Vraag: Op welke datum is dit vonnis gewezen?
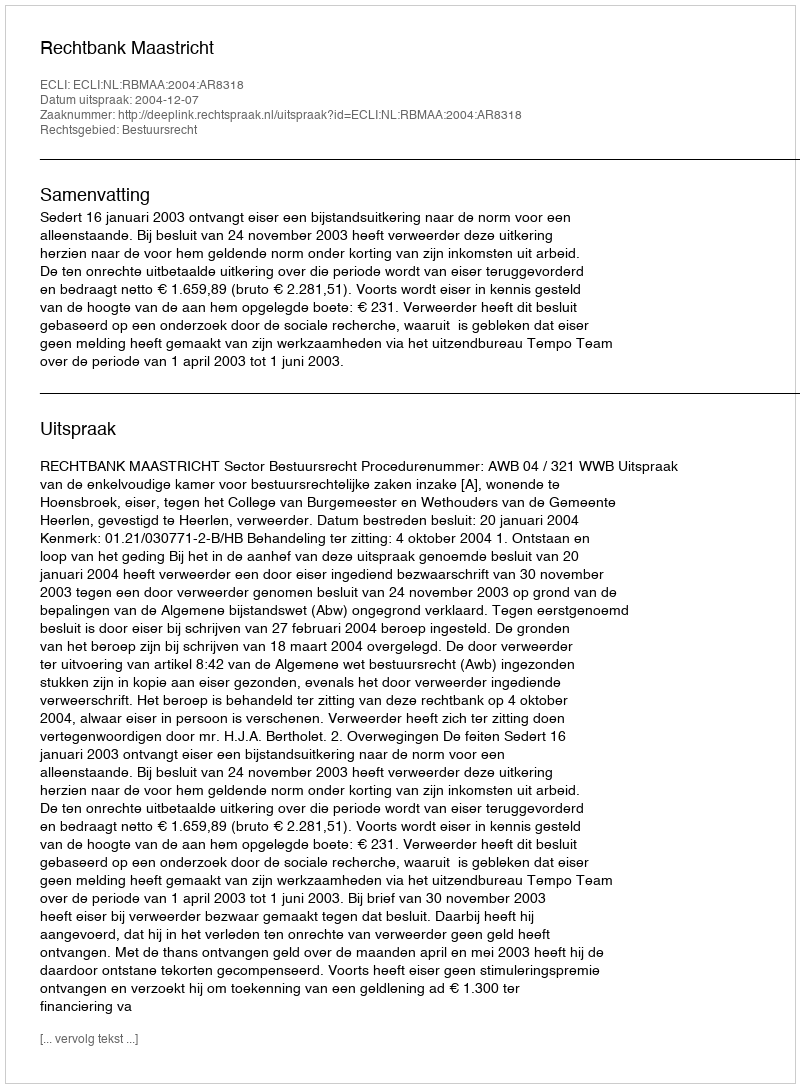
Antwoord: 2004-12-07